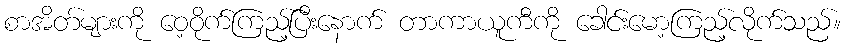
စာအိတ်များကို ဝေ့ဝိုက်ကြည့်ပြီးနောက် တာကာယူကီကို ခေါင်းမော့ကြည့်လိုက်သည်။